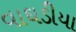
વાઘડીયા